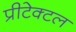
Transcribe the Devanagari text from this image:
प्रीटेक्टल